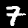
Label: 7